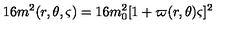
1 6 m ^ { 2 } ( r , \theta , \varsigma ) = 1 6 m _ { 0 } ^ { 2 } [ 1 + \varpi ( r , \theta ) \varsigma ] ^ { 2 }